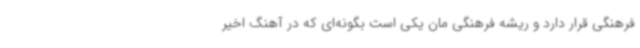
فرهنگی قرار دارد و ریشه فرهنگی مان یکی است بگونه‌ای که در آهنگ اخیر